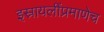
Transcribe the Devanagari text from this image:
इस्रायलींप्रमाणेच